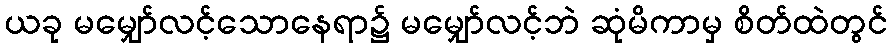
ယခု မမျှော်လင့်သောနေရာ၌ မမျှော်လင့်ဘဲ ဆုံမိကာမှ စိတ်ထဲတွင်